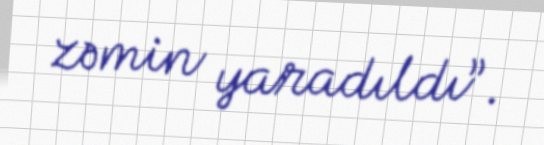
zəmin yaradıldı”.